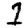
Digit: 1